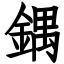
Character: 鍝